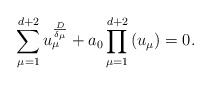
\begin{align*}\sum_{\mu =1}^{d+2}u_{\mu }^{\frac{D}{\delta _{\mu }}}+a_{0}\prod_{\mu=1}^{d+2}\left( u_{\mu }\right) =0.\end{align*}